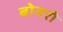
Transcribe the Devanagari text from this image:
बोनरो